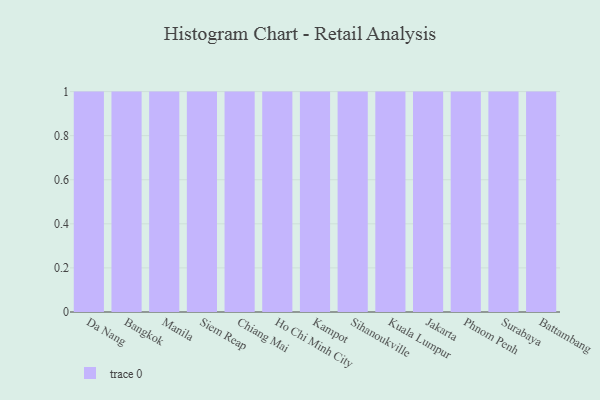
{"axis": {"x": "City", "y": "Page Views"}, "legend": [""], "data": [{"x": "Da Nang", "y": 100, "type": ""}, {"x": "Bangkok", "y": 8, "type": ""}, {"x": "Manila", "y": 18, "type": ""}, {"x": "Siem Reap", "y": 10, "type": ""}, {"x": "Chiang Mai", "y": 21, "type": ""}, {"x": "Ho Chi Minh City", "y": 84, "type": ""}, {"x": "Kampot", "y": 74, "type": ""}, {"x": "Sihanoukville", "y": 49, "type": ""}, {"x": "Kuala Lumpur", "y": 12, "type": ""}, {"x": "Jakarta", "y": 93, "type": ""}, {"x": "Phnom Penh", "y": 29, "type": ""}, {"x": "Surabaya", "y": 99, "type": ""}, {"x": "Battambang", "y": 88, "type": ""}]}